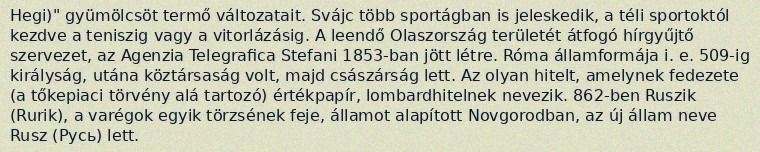
Hegi)" gyümölcsöt termő változatait. Svájc több sportágban is jeleskedik, a téli sportoktól kezdve a teniszig vagy a vitorlázásig. A leendő Olaszország területét átfogó hírgyűjtő szervezet, az Agenzia Telegrafica Stefani 1853-ban jött létre. Róma államformája i. e. 509-ig királyság, utána köztársaság volt, majd császárság lett. Az olyan hitelt, amelynek fedezete (a tőkepiaci törvény alá tartozó) értékpapír, lombardhitelnek nevezik. 862-ben Ruszik (Rurik), a varégok egyik törzsének feje, államot alapított Novgorodban, az új állam neve Rusz (Русь) lett.